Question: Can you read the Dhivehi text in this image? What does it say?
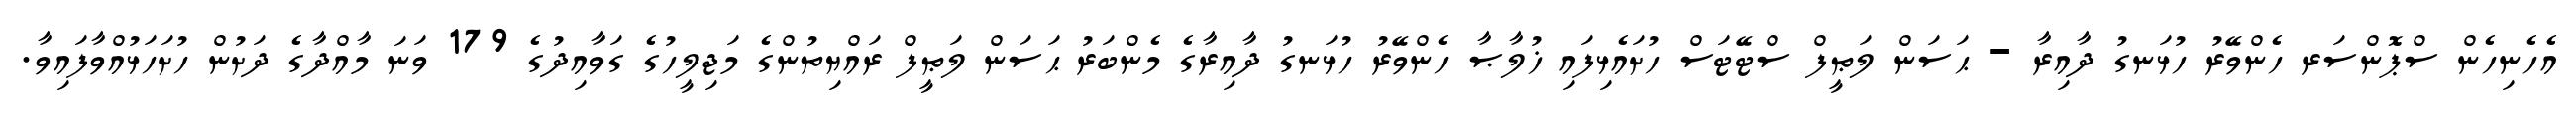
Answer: އެހެނިހެން ސްޕޮންސަރ ހެންވޭރު ހުޅަނގު ދާއިރާ - ޙަސަން ލަޠީފް ސްޓޭޓަސް ހުށައެޅިފައި ޚުލާޞާ ހެންވޭރު ހުޅަނގު ދާއިރާގެ މެންބަރު ޙަސަން ލަޠީފް ރައްޔިތުންގެ މަޖިލީހުގެ ގަވާއިދުގެ 179 ވަނަ މާއްދާގެ ދަށުން ހުށަހަޅުއްވާފައިވާ.